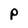
Character: P